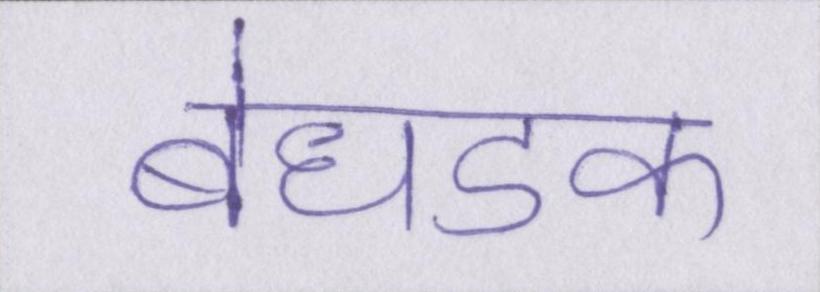
बेधडक